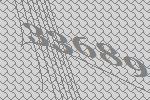
33689